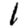
Digit: 1